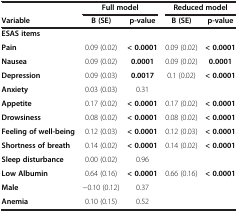
<table><thead><tr><td><b> </b></td><td colspan="2"><b>Full model</b></td><td colspan="2"><b>Reduced model</b></td></tr><tr><td><b>Variable</b></td><td><b>B (SE)</b></td><td><b>p-value</b></td><td><b>B (SE)</b></td><td><b>p-value</b></td></tr></thead><tbody><tr><td><b>ESAS items</b></td><td> </td><td> </td><td> </td><td> </td></tr><tr><td><b>Pain</b></td><td>0.09 (0.02)</td><td><b>&lt; 0.0001</b></td><td>0.09 (0.02)</td><td><b>&lt; 0.0001</b></td></tr><tr><td><b>Nausea</b></td><td>0.09 (0.02)</td><td><b>0.0001</b></td><td>0.09 (0.02)</td><td><b>0.0001</b></td></tr><tr><td><b>Depression</b></td><td>0.09 (0.03)</td><td><b>0.0017</b></td><td>0.1 (0.02)</td><td><b>&lt; 0.0001</b></td></tr><tr><td><b>Anxiety</b></td><td>0.03 (0.03)</td><td>0.31</td><td> </td><td> </td></tr><tr><td><b>Appetite</b></td><td>0.17 (0.02)</td><td><b>&lt; 0.0001</b></td><td>0.17 (0.02)</td><td><b>&lt; 0.0001</b></td></tr><tr><td><b>Drowsiness</b></td><td>0.08 (0.02)</td><td><b>&lt; 0.0001</b></td><td>0.08 (0.02)</td><td><b>&lt; 0.0001</b></td></tr><tr><td><b>Feeling of well-being</b></td><td>0.12 (0.03)</td><td><b>&lt; 0.0001</b></td><td>0.12 (0.03)</td><td><b>&lt; 0.0001</b></td></tr><tr><td><b>Shortness of breath</b></td><td>0.14 (0.02)</td><td><b>&lt; 0.0001</b></td><td>0.14 (0.02)</td><td><b>&lt; 0.0001</b></td></tr><tr><td><b>Sleep disturbance</b></td><td>0.00 (0.02)</td><td>0.96</td><td> </td><td> </td></tr><tr><td><b>Low Albumin</b></td><td>0.64 (0.16)</td><td><b>&lt; 0.0001</b></td><td>0.66 (0.16)</td><td><b>&lt; 0.0001</b></td></tr><tr><td><b>Male</b></td><td>−0.10 (0.12)</td><td>0.37</td><td> </td><td> </td></tr><tr><td><b>Anemia</b></td><td>0.10 (0.15)</td><td>0.52</td><td> </td><td> </td></tr></tbody></table>